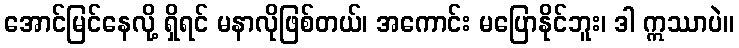
အောင်မြင်နေလို့ ရှိရင် မနာလိုဖြစ်တယ်၊ အကောင်း မပြောနိုင်ဘူး၊ ဒါ ဣဿာပဲ။